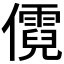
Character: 𪝷